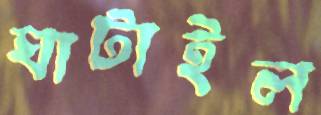
ঘাটাইল